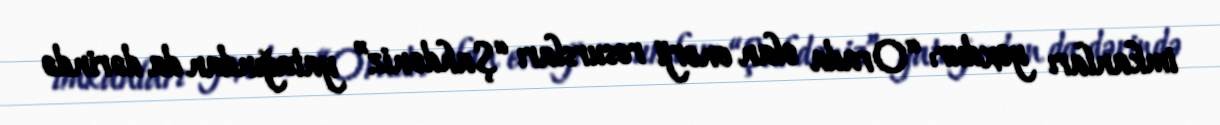
imkanları yoxdur: “Orada olan enerji resursları “Şahdəniz” yatağından da dərində